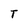
Character: T